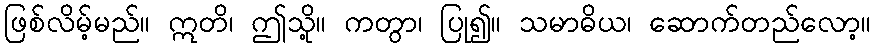
ဖြစ်လိမ့်မည်။ ဣတိ၊ ဤသို့။ ကတွာ၊ ပြု၍။ သမာဓိယ၊ ဆောက်တည်လော့။